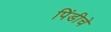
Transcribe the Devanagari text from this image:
पिंडीचे